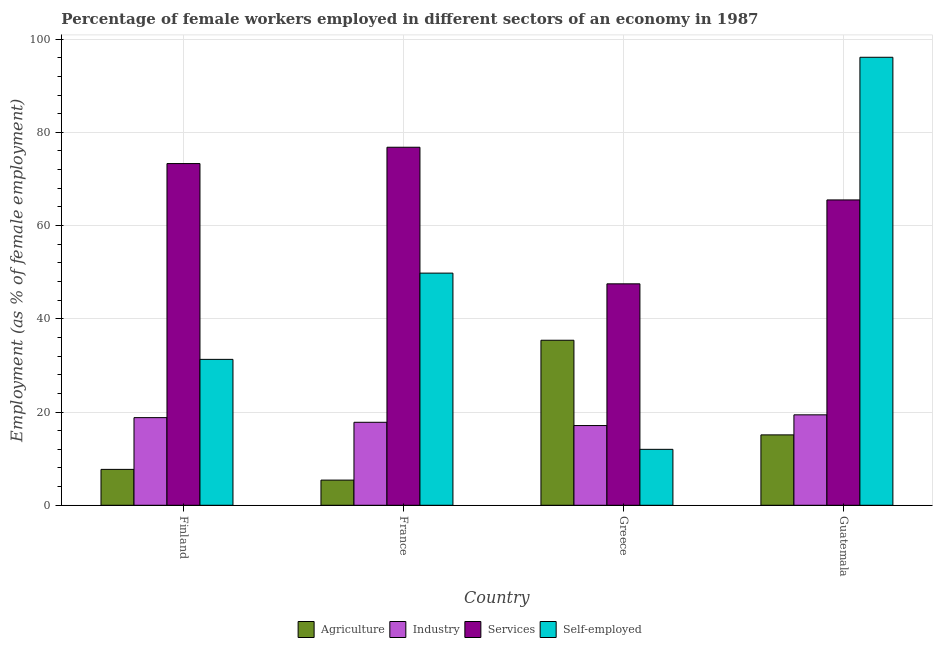
| Country | Agriculture | Industry | Services | Self-employed |
 | --- | --- | --- | --- | --- |
 | Finland | 7.7 | 18.8 | 73.3 | 31.3 |
 | France | 5.4 | 17.8 | 76.8 | 49.8 |
 | Greece | 35.4 | 17.1 | 47.5 | 12 |
 | Guatemala | 15.1 | 19.4 | 65.5 | 96.1 |